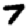
Digit: 7